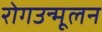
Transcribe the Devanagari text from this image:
रोगउन्मूलन